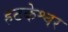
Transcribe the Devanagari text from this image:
हटकेश्वर